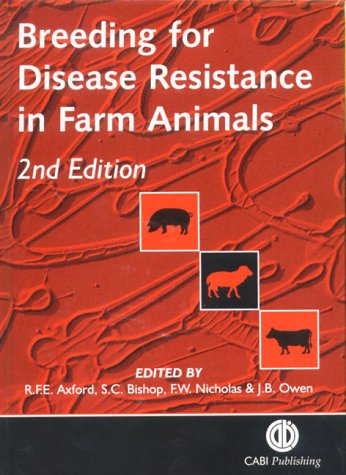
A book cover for Breeding for Disease Resistance in Farm Animals (Cabi); Roger F E Axford; Medical Books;